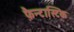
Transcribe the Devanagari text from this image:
फ़ैन्टास्टिक